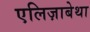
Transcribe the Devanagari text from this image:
एलिज़ाबेथा